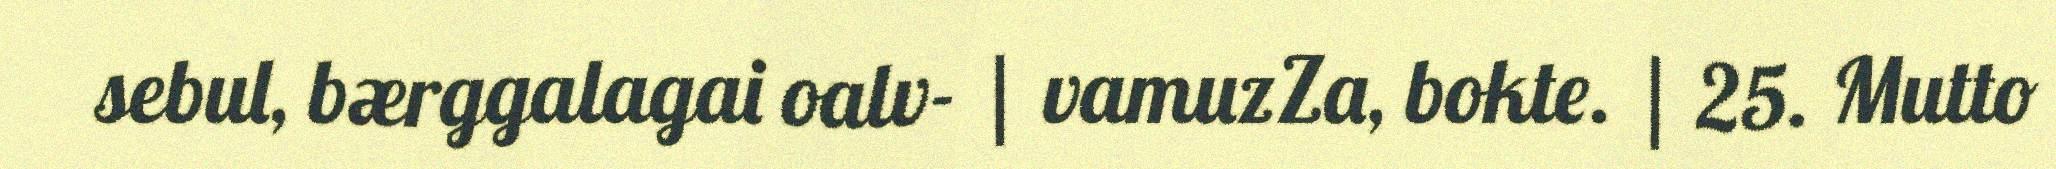
sebul, bærggalagai oalv- | vamuzZa, bokte. | 25. Mutto